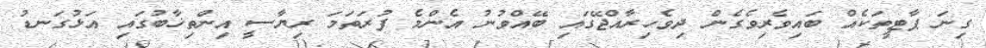
ގިނަ ޕާޓީތަކެއް ބައިވެރިވެގެން ދިވެހިރާއްޖޭގައި ބޭއްވުނު އެންމެ ފުރަތަމަ ރިޔާސީ އިންތިޚާބުގައި އަޅުގަނޑު